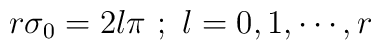
r \sigma_0 = 2l\pi~; ~l=0,1,\cdots, r